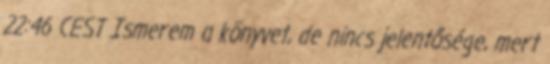
22:46 CEST Ismerem a könyvet, de nincs jelentősége, mert